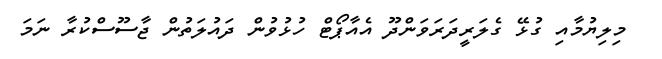
މިލިޔުމާއި ގުޅޭ ގެލަރީދަރަވަންދޫ އެއާޕޯޓް ހުޅުވުން ދައުލަތުން ޖާސޫސްކުރާ ނަމަ